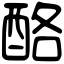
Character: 酪